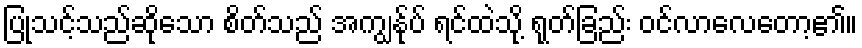
ပြုသင့်သည်ဆိုသော စိတ်သည် အကျွန်ုပ် ရင်ထဲသို့ ရုတ်ခြည်း ဝင်လာလေတော့၏။